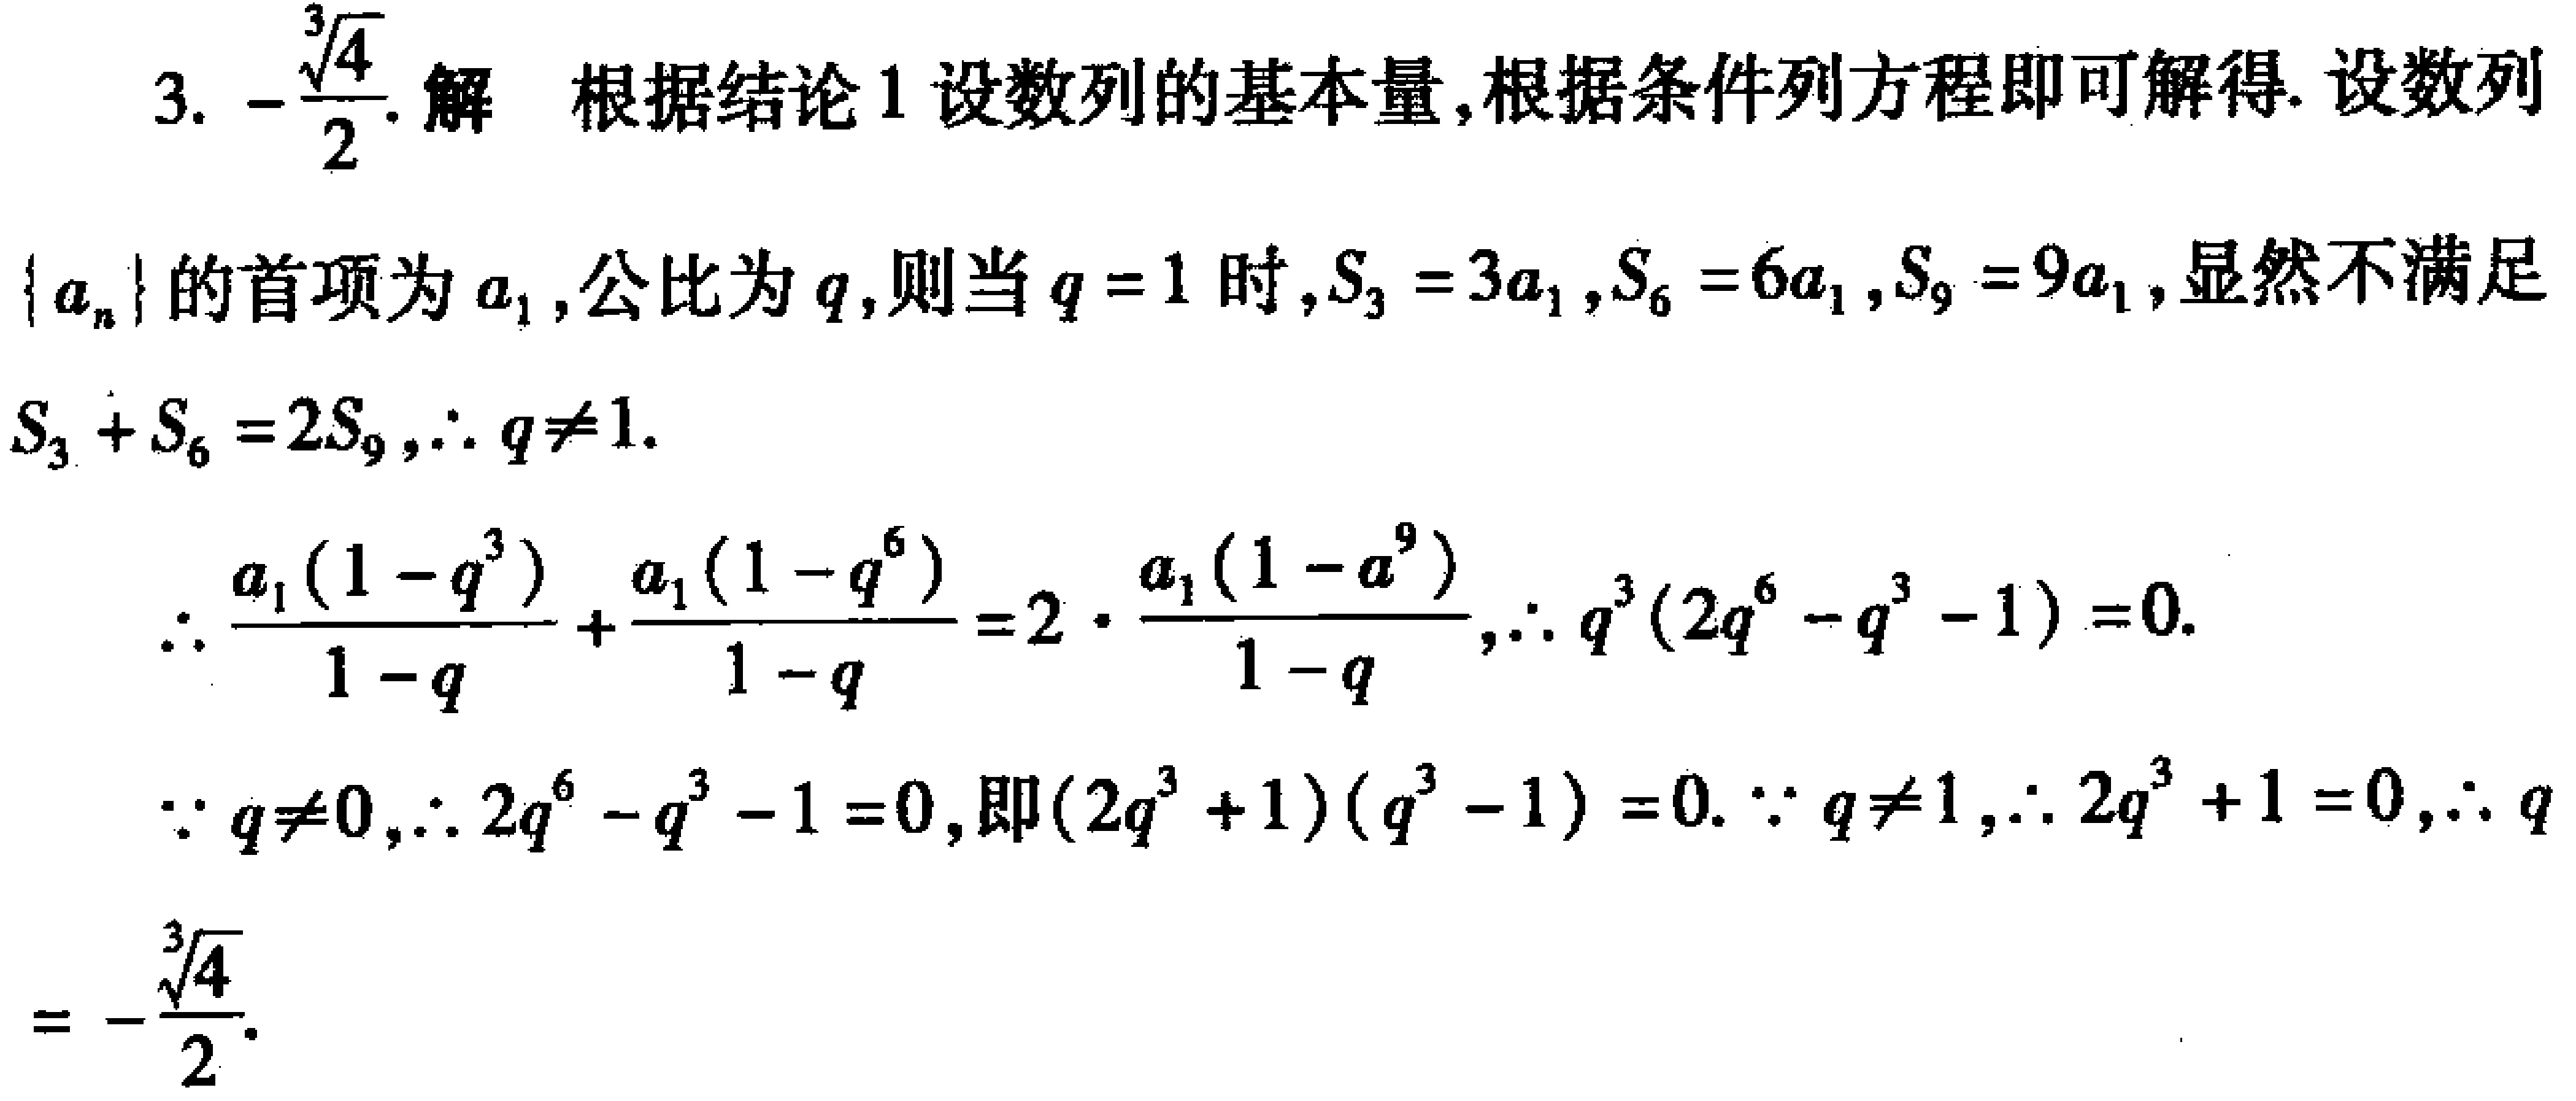
3. \(-\frac{\sqrt[3]{4}}{2}\). 解 根据结论 1 设数列的基本量,根据条件列方程即可解得. 设数列\(\{ a_{n}\}\)的首项为\(a_{1}\),公比为\(q\),则当\(q = 1\)时,\(S_{3}=3a_{1}\),\(S_{6}=6a_{1}\),\(S_{9}=9a_{1}\),显然不满足\(S_{3}+S_{6}=2S_{9}\),\(\therefore q\neq1\).

\(\therefore \frac{a_{1}(1 - q^{3})}{1 - q}+\frac{a_{1}(1 - q^{6})}{1 - q}=2\cdot\frac{a_{1}(1 - q^{9})}{1 - q}\),\(\therefore q^{3}(2q^{6}-q^{3}-1)=0\).

\(\because q\neq0\),\(\therefore 2q^{6}-q^{3}-1 = 0\),即\((2q^{3}+1)(q^{3}-1)=0\). \(\because q\neq1\),\(\therefore 2q^{3}+1 = 0\),\(\therefore q=-\frac{\sqrt[3]{4}}{2}\).